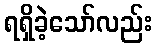
ရရှိခဲ့သော်လည်း